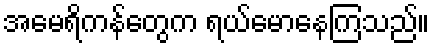
အမေရိကန်တွေက ရယ်မောနေကြသည်။